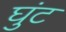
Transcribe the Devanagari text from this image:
घुंट